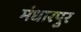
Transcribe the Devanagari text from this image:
मंधारपुर